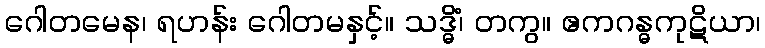
ဂေါတမေန၊ ရဟန်း ဂေါတမနှင့်။ သဒ္ဓိံ၊ တကွ။ ဧကဂန္ဓကုဋိယာ၊